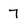
Character: 7